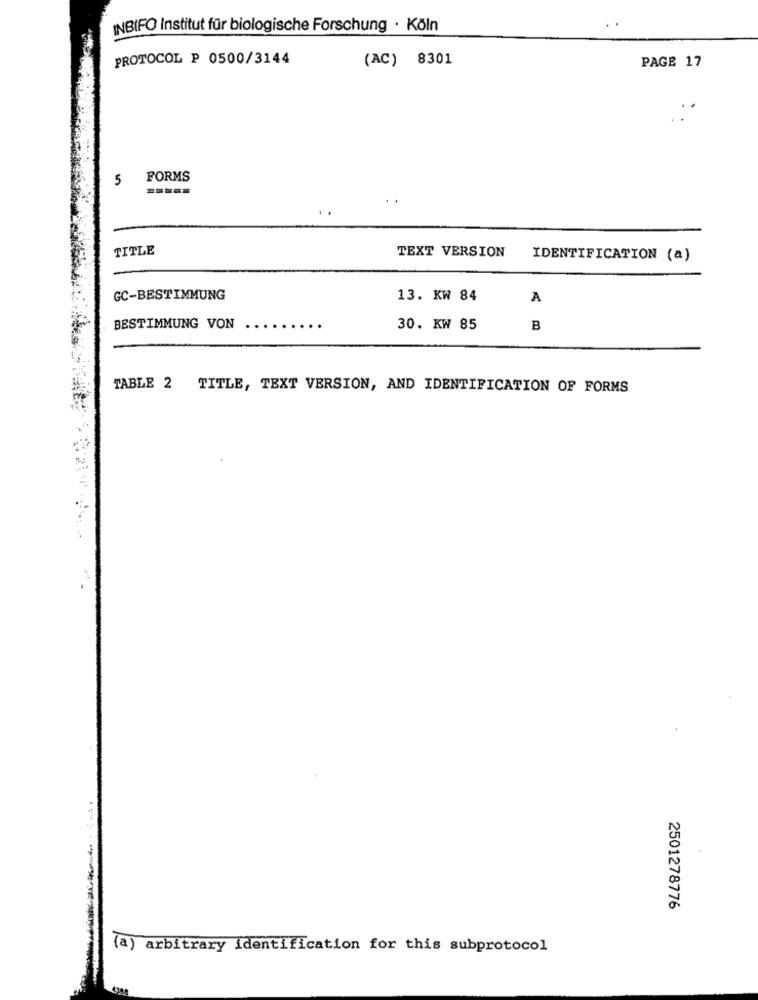
INBIFO Institut für biologische Forschung · Köln
PROTOCOL P 0500/3144
(AC) 8301
PAGE 17
5
FORMS
TITLE
TEXT VERSION
IDENTIFICATION (a)
GC-BESTIMMUNG
13. KW 84
A
BESTIMMUNG VON
30. KW 85
B
TABLE 2 TITLE, TEXT VERSION, AND IDENTIFICATION OF FORMS
2501278776
(a) arbitrary identification for this subprotocol